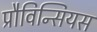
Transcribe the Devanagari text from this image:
प्रौविन्सियस